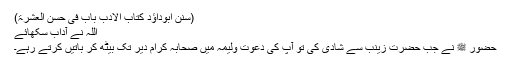
(سنن ابوداؤد کتاب الادب باب فی حسن العشرۃ)
اللہ نے آداب سکھائے
حضور ﷺ نے جب حضرت زینبؓ سے شادی کی تو آپ کی دعوت ولیمہ میں صحابہ کرام دیر تک بیٹھ کر باتیں کرتے رہے۔